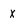
Character: x